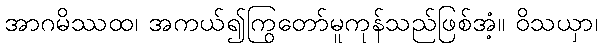
အာဂမိဿထ၊ အကယ်၍ကြွတော်မူကုန်သည်ဖြစ်အံ့။ ဝိသယှာ၊